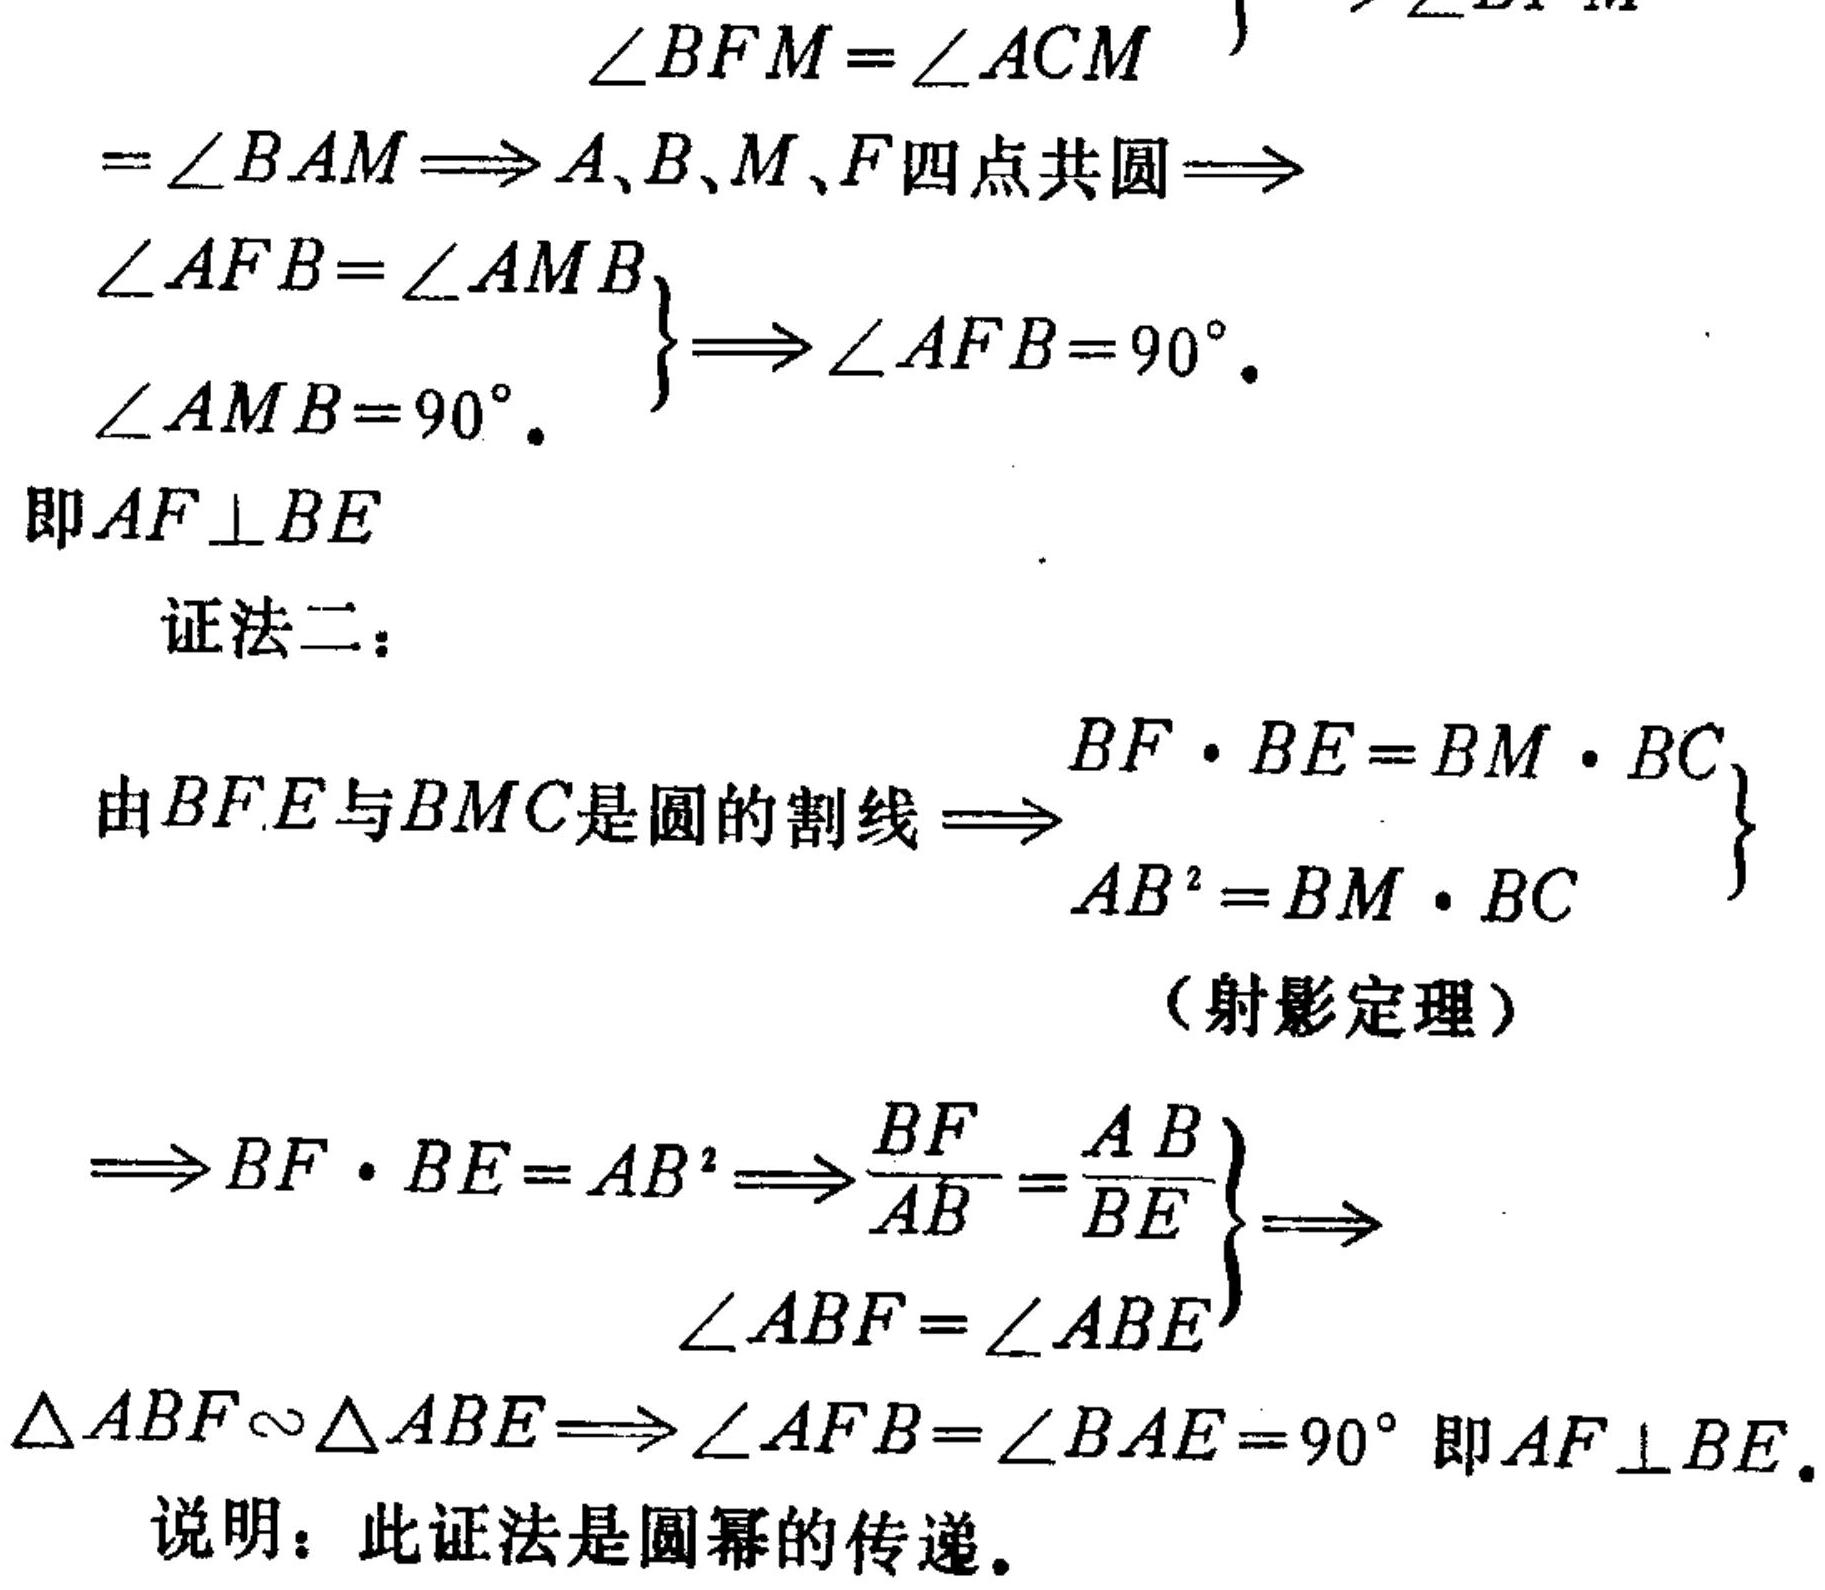
\(\left.\begin{array}{l}\angle BFM=\angle ACM\\=\angle BAM\Rightarrow A、B、M、F\text{四点共圆}\Rightarrow\\\angle AFB=\angle AMB\\\angle AMB = 90^{\circ}\end{array}\right\}\Rightarrow\angle AFB = 90^{\circ}\).
即\(AF\perp BE\)
证法二：
由\(BFE\)与\(BMC\)是圆的割线\(\Rightarrow\)
\(\left.\begin{array}{l}BF\cdot BE=BM\cdot BC\\AB^{2}=BM\cdot BC\end{array}\right\}\)
（射影定理）
\(\Rightarrow\left.\begin{array}{l}BF\cdot BE=AB^{2}\Rightarrow\frac{BF}{AB}=\frac{AB}{BE}\\\angle ABF=\angle ABE\end{array}\right\}\Rightarrow\)
\(\triangle ABF\sim\triangle ABE\Rightarrow\angle AFB=\angle BAE = 90^{\circ}\)即\(AF\perp BE\).
说明：此证法是圆幂的传递.